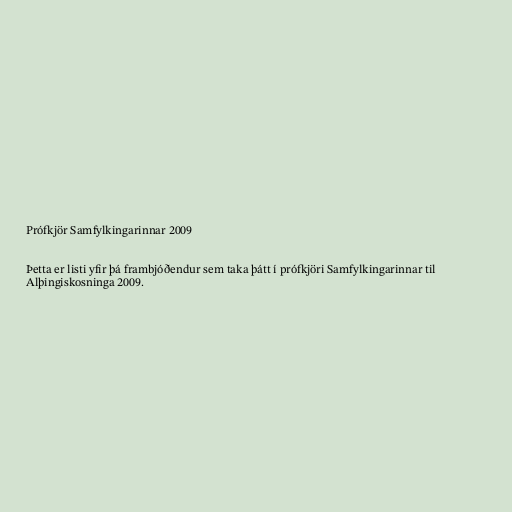
Prófkjör Samfylkingarinnar 2009

Þetta er listi yfir þá frambjóðendur sem taka þátt í prófkjöri Samfylkingarinnar til
Alþingiskosninga 2009.